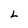
Character: L